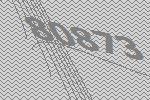
80873